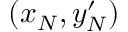
( x _ { N } , y _ { N } ^ { \prime } )